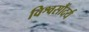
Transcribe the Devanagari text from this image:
विश्वसौंदर्य